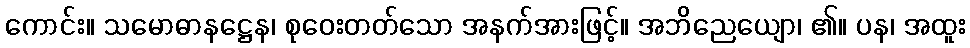
ကောင်း။ သမောဓာနဋ္ဌေန၊ စုဝေးတတ်သော အနက်အားဖြင့်။ အဘိညေယျော၊ ၏။ ပန၊ အထူး